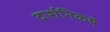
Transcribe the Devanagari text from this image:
दार्शनिकथे